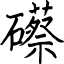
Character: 礤